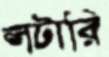
লটারি